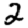
Digit: 2